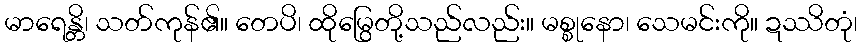
မာရေန္တိ၊ သတ်ကုန်၏။ တေပိ၊ ထိုမြွေတို့သည်လည်း။ မစ္စုနော၊ သေမင်းကို။ ဍဿိတုံ၊